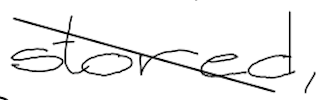
Text: stored,
Cross-out: diagonal
Writing tool: digital_black